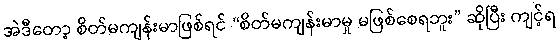
အဲဒီတော့ စိတ်မကျန်းမာဖြစ်ရင် “စိတ်မကျန်းမာမှု မဖြစ်စေရဘူး” ဆိုပြီး ကျင့်ရ